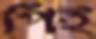
পিই